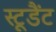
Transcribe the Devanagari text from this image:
स्टूडैंट